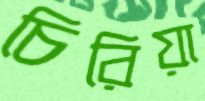
চিরিয়া